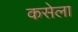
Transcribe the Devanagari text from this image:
कसेला